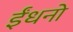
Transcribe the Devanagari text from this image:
ईंधनो